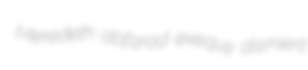
Meredeth abfarad exequy dismerit